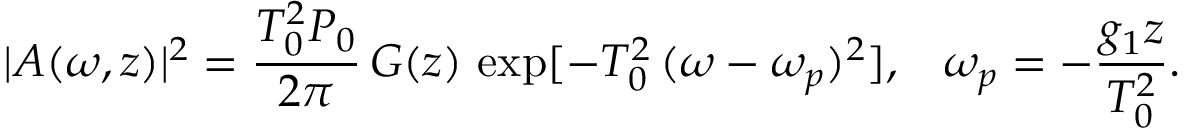
| A ( \omega , z ) | ^ { 2 } = \frac { T _ { 0 } ^ { 2 } P _ { 0 } } { 2 \pi } \, G ( z ) \, \exp [ - T _ { 0 } ^ { 2 } \, ( \omega - \omega _ { p } ) ^ { 2 } ] , \; \; \; \omega _ { p } = - \frac { g _ { 1 } z } { T _ { 0 } ^ { 2 } } .